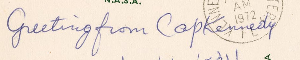
Greeting from CopKennedy